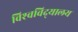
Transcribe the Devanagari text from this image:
विश्‍वविद्‍यालय